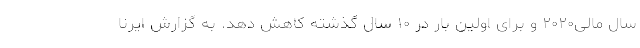
سال مالی۲۰۲۰ و برای اولین بار در ۱۰ سال گذشته کاهش دهد. به گزارش ایرنا